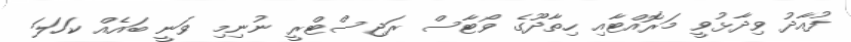
ފުއާދު ވިދާޅުވީ މަރޮއްޓާއި ހިތާދޫގެ ވޯޓާސް ރަޖިސްޓްރީ ނުނިމި ވަނީ ބައެއް ކަހަލަ